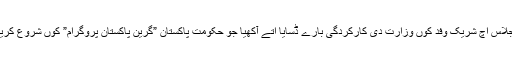
وفاقی وزیر اجلاس اچ شریک وفد کوں وزارت دی کارکردگی بارے ڈسایا اتے آکھیا جو حکومت پاکستان ”گرین پاکستان پروگرام” کوں شروع کریندی پئی ہے ۔